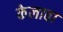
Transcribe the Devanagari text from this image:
केलावा